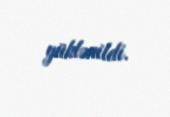
yüklənildi.